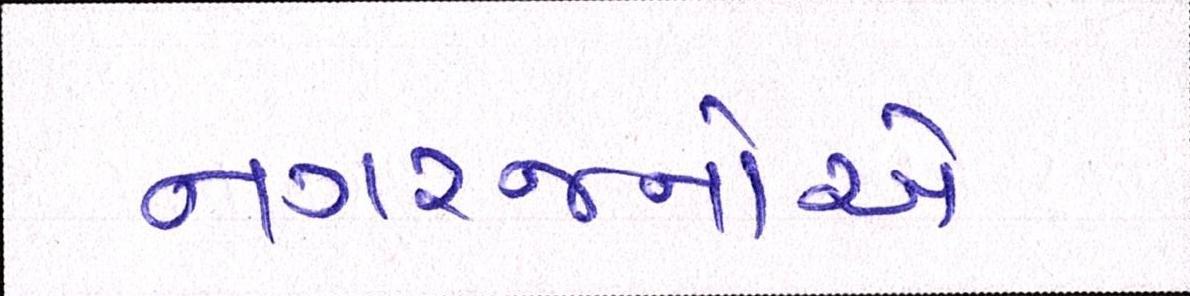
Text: નગરજનોએ